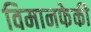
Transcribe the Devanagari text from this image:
विमानफेकी